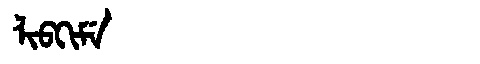
Manchu: ᠯᡳᠪᡴᡳᠮᡝ
Romanization: LIBKIME